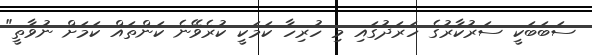
ސަބަބަކީ ސަރުކާރުގެ ހަރަދުގައި މި ހުރިހާ ކަމަކީ ކުރެވޭނެ ކަންތައް ކަމަށް ނުވާތީ"